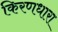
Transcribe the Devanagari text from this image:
किरणधारा